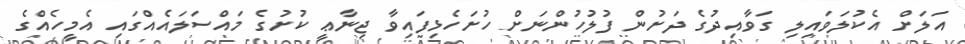
އަލަށް އެކުލަވައިލި ގަވާއިދުގެ ދަށުން ފުލުހުންނަށް ހުށަހެޅިފައިވާ ޖިނާޢީ ކުށުގެ މައްސަލައެއްގައި އެމީހެއްގެ